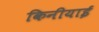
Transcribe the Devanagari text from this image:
किनीयाई